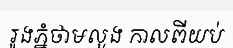
រូងភ្នំថាមលួង កាលពីយប់